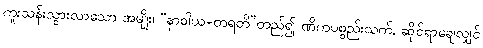
ကူးသန်းသွားလာသော အမျိုး၊ “နာဝါယ+တရတိ”တည်၍ ဏိကပစ္စည်းသက်, ဆိုင်ရာချေလျှင်